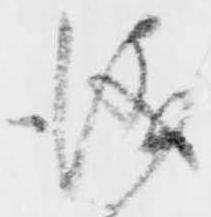
儀